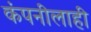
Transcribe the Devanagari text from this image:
कंपनीलाही